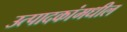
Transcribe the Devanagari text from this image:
उत्पादकांमधील